Tezpur Lunatic Asylum reports 1895-1904 - 1895-1904
Year: 1895
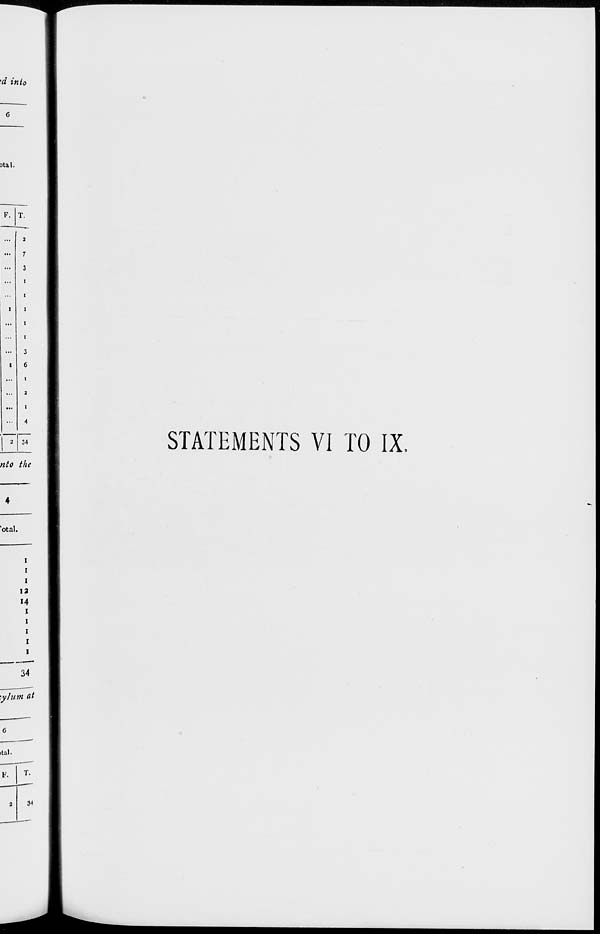
F. T.
...
2
...
7
...
3
...
i
...
i
1
I
...
i
i
...
3
i
6
...
t
...
2
...
I
...
4
2
34
nto the
4
'otal.
STATEMENTS VI TO IX.
i
i
i
12
14
i
i
i
i
l
34
34